Report on vaccination in Madras 1922-1929 - 1922-1929
Year: 1922
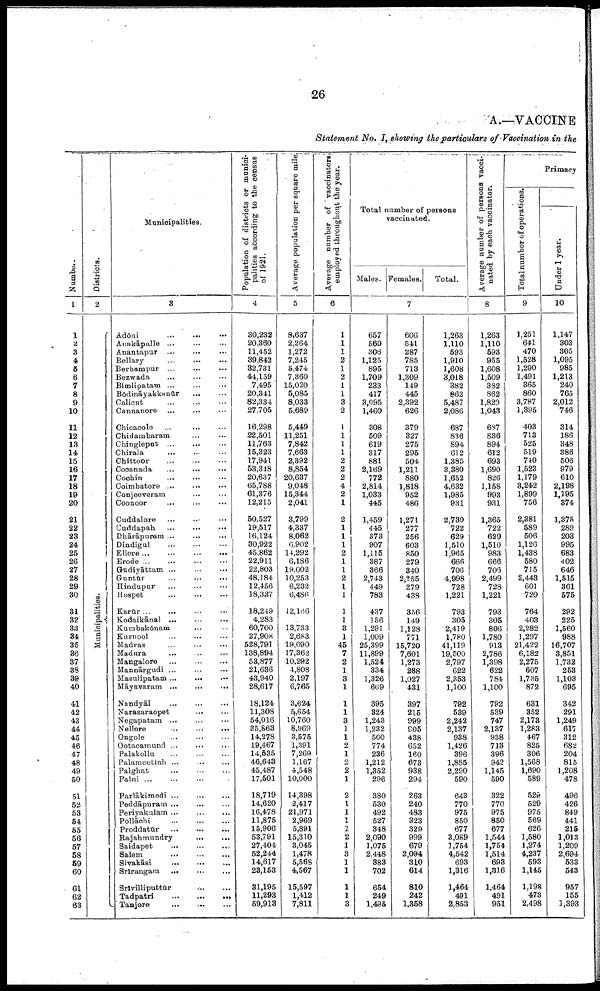
26
A.—VACCINE
Statement No. I, showing the particulars of Vaccination in the
Number.
1
1
2
3
4
5
6
7
8
9
10
11
12
13
14
15
16
17
18
19
20
21
22
23
24
25
26
27
28
29
30
31
32
33
34
35
36
37
38
39
40
41
42
43
44
45
46
47
48
49
50
51
52
53
54
55
56
57
58
59
60
61
62
63
Districts.
2
Municipalities.
Municipalities.
3
Adōni ... ... ...
Anakāpalle ... ... ...
Anantapur ... ... ...
Bellary
...
...
...
Berhampur
...
...
...
Bezwada ... ... ...
Bimlipatam
...
...
...
Bōdināyakkanūr
...
...
Calicut ... ... ...
Cannanore
...
...
...
Chicacole ... ... ...
Chidambaram ... ...
Chingleput ... ... ...
Chirala ... ... ...
Chittoor
...
...
...
Cocanada ... ... ...
Cochin ... ... ...
Coimbatore ... ... ...
Conjeeveram ... ...
Coonoor ... ... ...
Cuddalore ... ... ...
Cuddapah
...
...
...
Dhārāpuram ... ... ...
Dindigul ... ... ...
Ellore
...
...
...
...
Erode
...
...
...
...
Gudiyāttam
...
...
...
Guntūr
...
...
...
Hindupur ... ... ...
Hospet
...
...
...
Karūr ... ... ...
Kodaikānal
...
...
...
Kumbakōnam ... ...
Kurnool ... ... ...
Madras ... ... ...
Madura ... ... ...
Mangalore ... ... ...
Mannārgudi ... ... ...
Masulipatam ... ... ...
Māyavaram
...
...
...
Nandyāl ... ... ...
Narasaraopet
...
...
Negapatam ... ... ...
Nellore
...
...
...
Ongole ... ... ...
Ootacamund ... ... ...
Palakollu ... ... ...
Palamcottah ... ... ...
Palghat
...
...
...
Palni
...
...
...
Parlākimedi ... ... ...
Peddāpuram ... ... ...
Periyakulam ... ... ...
Pollāchi
...
...
...
Proddatūr
...
...
...
Rajahmundry
...
...
Saidapet ... ... ...
Salem
...
...
...
Sivakāsi ... ... ...
Srīrangam
...
...
...
Srīvilliputtūr... ...
Tadpatri
...
...
...
Tanjore
...
...
...
P opulation of districts or munici
palities according to the census
of 1921.
4
30,232
20,360
11,452
39,842
82,731
44,159
7,495
20,341
82,334
27,705
16,298
22,501
11,763
15,323
17,941
53,318
20,637
65,788
61,376
12,215
50,527
19,517
16,124
30,922
45,862
22,911
22,803
48,184
12,456
18,337
18,249
4,283
60,700
27,908
528,791
138,894
53,877
21,636
43,940
28,617
18,124
11,308
54,016
35,863
14,278
19,467
14,535
46,643
45,487
17,501
18,719
14,620
16,478
11,875
15,906
53,791
27,404
52,244
14,617
23,153
31,195
11,293
59,913
Average population per square mile
5
8,637
2,264
1,272
7,245
5,474
7,360
15,020
5,085
8,033
5,689
5,449
11,251
7,842
7,663
2,392
8,854
20,637
9,048
15,344
2,041
3,799
4,337
8,062
6,902
14,292
6,186
19,002
10,253
6,232
6,486
12,166
13,733
2,683
19,090
17,362
10,292
4,808
2,197
6,765
3,624
5,654
10,760
8,969
3,575
1,391
7,269
1,167
4,548
10,000
14,398
2,417
21,971
2,969
5,891
15,310
3,045
1,478
5,568
4,567
15,597
1,412
7,811
Average number of vaccinators
employed throughout the year.
6
1
1
1
2
1
2
1
1
3
2
1
1
1
1
2
2
2
4
2
1
2
1
1
1
2
1
1
2
1
1
1
1
3
1
45
7
2
1
3
1
1
1
3
1
1
2
1
2
2
1
2
1
1
1
1
2
1
3
1
1
1
1
3
Total number of persons
vaccinated.
Males. Females.
Total.
7
657
569
306
1,125
895
1,709
233
417
3,095
1,460
308
509
619
317
881
2,169
772
2,814
1,033
445
1,459
445
373
907
1,115
387
366
2,743
449
783
437
156
1,291
1,009
25,399
11,899
1,524
334
1,326
669
395
324
1,243
1,232
500
774
236
1,212
1,352
296
380
530
492
527
348
2,090
1,075
2,448
883
702
654
249
1,495
606
541
287
785
713
1,309
149
445
2,392
626
379
327
275
295
504
1,211
880
1,818
952
486
1,271
277
256
603
850
279
340
2,255
279
438
356
149
1,128
771
15,720
7,601
1,273
288
1,027
431
397
215
999
905
438
652
160
673
938
294
263
240
483
323
329
999
679
2,094
310
614
810
242
1,358
1,263
1,110
593
1,910
1,608
3,018
382
862
5,487
2,086
687
836
894
612
1,385
3,380
1,652
4,632
1,985
931
2,730
722
629
1,510
1,965
666
706
4,998
728
1,221
793
305
2,419
1,780
41,119
19,500
2,797
622
2,353
1,100
792
539
2,242
2,137
938
1,426
396
1,885
2,290
590
643
770
975
850
677
3,089
1,754
4,542
693
1,316
1,464
491
2,853
Average number of persons vacci
nated by each vaccinator.
8
1,263
1,110
593
955
1,608
1,509
382
862
1,820
1,043
687
836
894
612
693
1,690
826
1,158
993
931
1,365
722
629
1,510
983
666
706
2,499
728
1,221
793
305
806
1,780
913
2,786
1,398
622
784
1,100
792
539
747
2,137
938
713
396
942
1,145
590
322
770
975
850
677
1,544
1,754
1,514
693
1,316
1,464
491
951
Primary
Total number of operations.
9
1,251
641
470
1,528
1,290
1,491
365
860
3,787
1,395
403
713
525
519
740
1,523
1,179
3,242
1,899
756
2,381
589
506
1,126
1,438
580
715
2,443
601
720
764
403
2,282
1,297
21,422
6,182
2,275
607
1,735
872
631
352
2,173
1,283
467
825
306
1,568
1,690
589
529
529
975
569
626
1,580
1,274
4,237
593
1,145
1,198
473
2,498
Under 1 year.
10
1,147
303
305
1,095
985
1,213
240
765
2,012
746
314
186
348
386
506
979
610
2,198
1,195
374
1,375
289
203
995
683
402
646
1,515
361
575
292
225
1,560
988
16,707
3,851
1,732
253
1,103
695
342
291
1,249
617
312
682
204
815
1,208
478
496
426
849
441
215
1,013
1,209
2,694
533
543
957
155
1,393